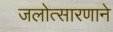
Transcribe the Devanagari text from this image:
जलोत्सारणाने